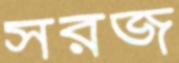
সরজ